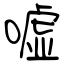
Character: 嘘